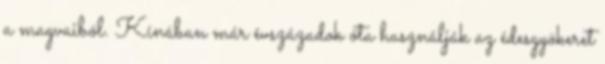
a magvaiból. Kínában már évszázadok óta használják az édesgyökeret